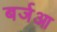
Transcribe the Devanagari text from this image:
बर्जआ